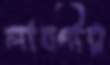
লাবণীর